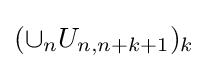
(\cup _{n}U_{n,n+k+1})_{k}